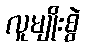
လူမျိုးစွဲ